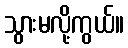
သွားမလို့ကွယ်။